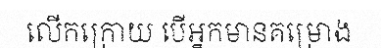
លើកក្រោយ បើអ្នកមានគម្រោង